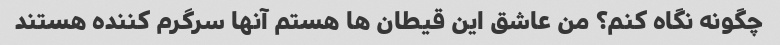
چگونه نگاه کنم؟ من عاشق این قیطان ها هستم آنها سرگرم کننده هستند